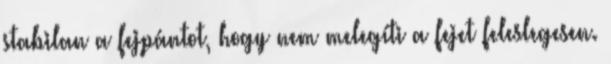
stabilan a fejpántot, hogy nem melegíti a fejet feleslegesen.